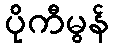
ပိုကီမွန်